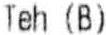
TEH (B)